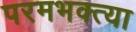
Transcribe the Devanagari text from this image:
परमभक्त्या